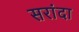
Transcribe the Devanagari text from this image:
सरांदा